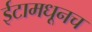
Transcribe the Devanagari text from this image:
ईटामधूनच